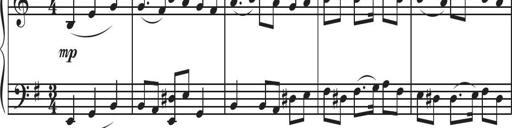
Title: Sonatina Espania
Composer: Jerald Franklin Archer
Key: Various